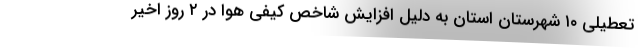
تعطیلی ۱۰ شهرستان استان به دلیل افزایش شاخص کیفی هوا در ۲ روز اخیر